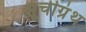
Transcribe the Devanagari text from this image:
सूचीग्रंथ